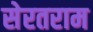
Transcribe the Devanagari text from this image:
सेरतराम